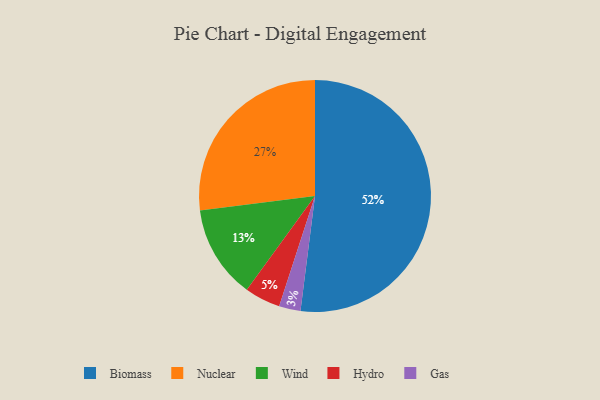
{"axis": {"x": "Category", "y": "Percentage"}, "legend": ["Biomass", "Gas", "Hydro", "Nuclear", "Wind"], "data": [{"x": "Nuclear", "y": 27, "type": "Nuclear"}, {"x": "Biomass", "y": 52, "type": "Biomass"}, {"x": "Hydro", "y": 5, "type": "Hydro"}, {"x": "Wind", "y": 13, "type": "Wind"}, {"x": "Gas", "y": 3, "type": "Gas"}]}